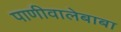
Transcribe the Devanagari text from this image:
पाणीवालेबाबा